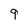
Character: 9